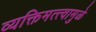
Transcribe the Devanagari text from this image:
व्यक्तिमत्त्वामुळे